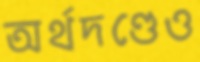
অর্থদণ্ডেও